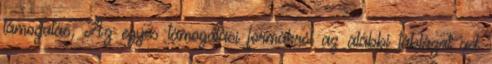
támogatás, Az egyes támogatási formákról az alábbi táblázat ad